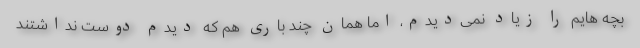
بچه هایم را زیاد نمی‌دیدم، اما همان چند باری هم که دیدم دوست نداشتند